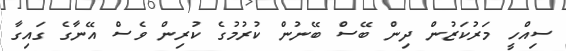
ސިއްހީ މަރުކަޒުން ދިން ބޭސް ބޭނުން ކުރުމުގެ ކުރިން ވެސް އޭނާގެ ގައިގާ